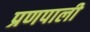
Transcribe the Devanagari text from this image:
प्रणपाली